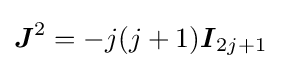
{\boldsymbol {J}}^{2}=-j(j+1){\boldsymbol {I}}_{2j+1}